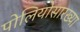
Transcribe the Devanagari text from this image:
पोलियोसारख्या